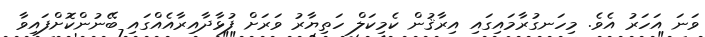
ވަނަ އަހަރު އެވެ. މިހަނގުރާމައިގައި އިރާޤުން ކެމިކަލް ހަތިޔާރު ވަރަށް ފުޅާދާއިރާއެއްގައި ބޭނުންކޮށްފައިވާ